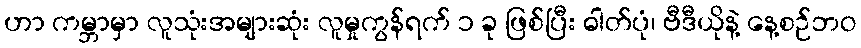
ဟာ ကမ္ဘာမှာ လူသုံးအများဆုံး လူမှုကွန်ရက် ၁ ခု ဖြစ်ပြီး ဓါတ်ပုံ၊ ဗီဒီယိုနဲ့ နေ့စဉ်ဘဝ